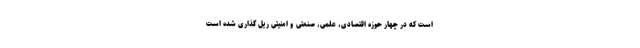
است که در چهار حوزه اقتصادی، علمی، صنعتی و امنیتی ریل گذاری شده است